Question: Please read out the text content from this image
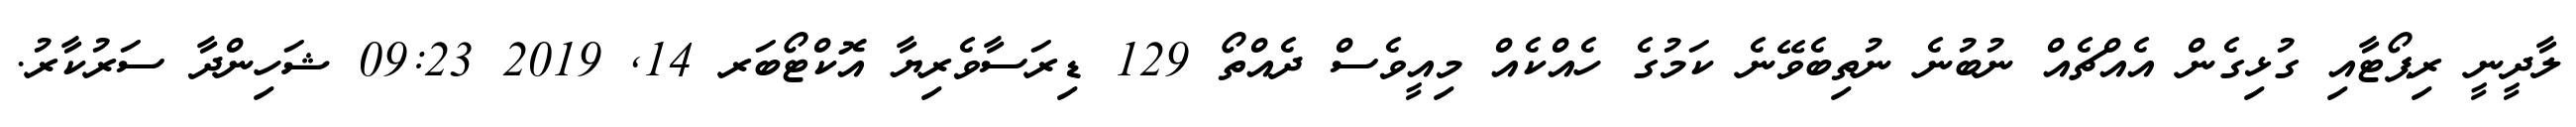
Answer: ލާދީނީ ރިޕޯޓާއި ގުޅިގެން އެއްޗެއް ނުބުނެ ނުތިބެވޭނެ ކަމުގެ ހެއްކެއް މިއީވެސް ދެއްތޯ 129 ޑިރަސާވެރިޔާ އޮކްޓޯބަރ 14, 2019 09:23 ޝަހިންދާ ސަރުކާރު.